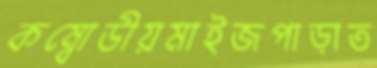
কম্বোডীয়মাইজপাড়াত